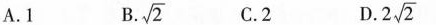
A. 1 B. \sqrt{ 2 } C. 2 D. 2 \sqrt{ 2 }